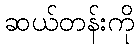
ဆယ်တန်းကို